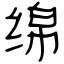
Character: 绵